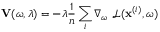
\mathbf { V } ( \boldsymbol { \omega } , \lambda ) = - \lambda \frac { 1 } { n } \sum _ { i } \nabla _ { \boldsymbol { \omega } } \, \, \mathcal { L } ( \mathbf { x } ^ { ( i ) } , \boldsymbol { \omega } )